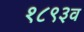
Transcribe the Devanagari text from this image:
१८९३व